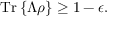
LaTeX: { \mathrm { T r } } \left\{ \Lambda \rho \right\} \geq 1 - \epsilon .